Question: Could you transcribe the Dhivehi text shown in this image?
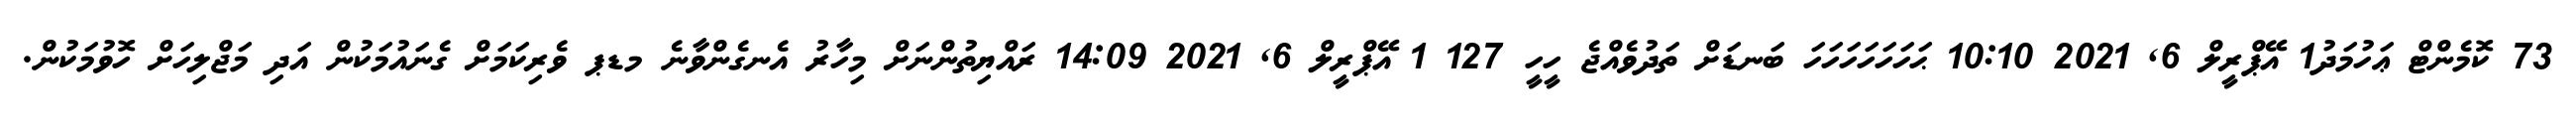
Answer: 73 ކޮމެންޓް ޢަހުމަދު1 އޭޕްރީލް 6, 2021 10:10 ޙަހަހަހަހަހަހަ ބަނޑަށް ތަދުވެއްޖެ ހީހީ 127 1 އޭޕްރީލް 6, 2021 14:09 ރައްޔިތުންނަށް މިހާރު އެނގެންވާނެ މޑޕ ވެރިކަމަށް ގެނައުމަކުން އަދި މަޖްލިހަށް ހޮވުމަކުން.